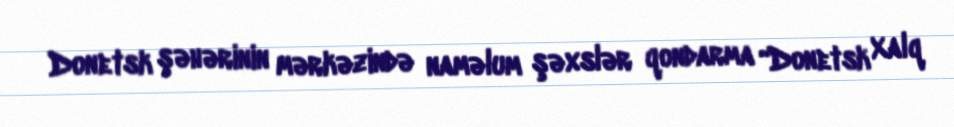
Donetsk şəhərinin mərkəzində naməlum şəxslər qondarma “Donetsk Xalq